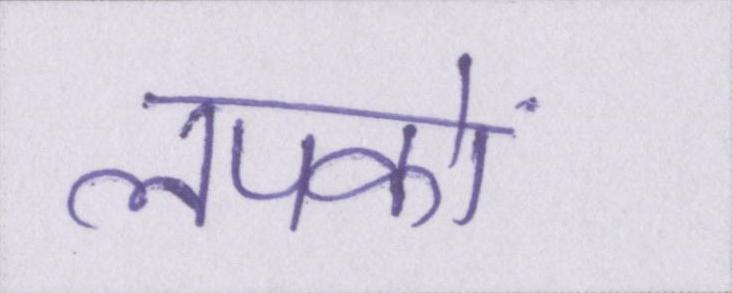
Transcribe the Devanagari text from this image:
लपकाें